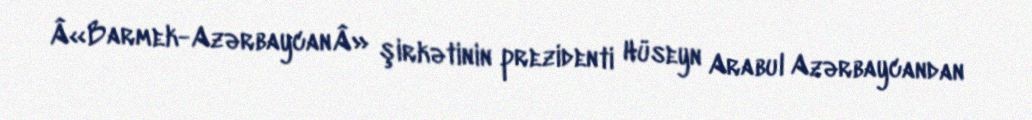
Â«Barmek-AzərbaycanÂ» şirkətinin prezidenti Hüseyn Arabul Azərbaycandan